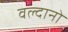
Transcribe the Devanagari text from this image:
वल्दानो